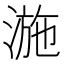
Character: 湤